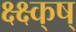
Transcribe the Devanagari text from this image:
क्ष्क्ष्क्ष्